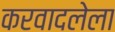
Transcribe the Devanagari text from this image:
करवादलेला